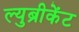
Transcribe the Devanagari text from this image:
ल्युब्रीकेंट